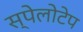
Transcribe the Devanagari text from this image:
स्पेलोटेप